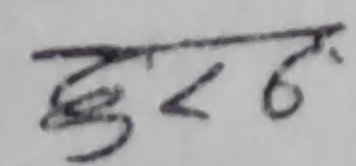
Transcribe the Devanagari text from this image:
दुरठा